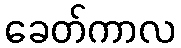
ခေတ်ကာလ